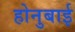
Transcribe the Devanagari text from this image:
होनुबाई